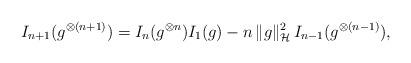
LaTeX: \begin{align*}I_{n+1}(g^{\otimes (n+1)})=I_n(g^{\otimes n})I_1(g)-n\,\|g\|_{\mathcal H}^2\, I_{n-1}(g^{\otimes (n-1)}),\end{align*}